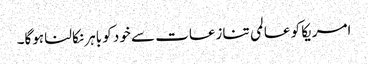
امریکا کو عالمی تنازعات سے خود کو باہر نکالنا ہوگا۔